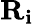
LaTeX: \mathbf{R_{i}}